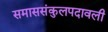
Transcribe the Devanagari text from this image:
समाससंकुलपदावली